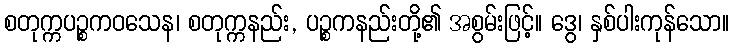
စတုက္ကပဉ္စကဝသေန၊ စတုက္ကနည်း, ပဉ္စကနည်းတို့၏ အစွမ်းဖြင့်။ ဒွေ၊ နှစ်ပါးကုန်သော။